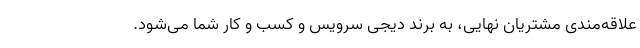
علاقه‌مندیِ مشتریان نهایی، به برند دیجی سرویس و کسب و کار شما می‌شود.